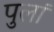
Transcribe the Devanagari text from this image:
पुलां